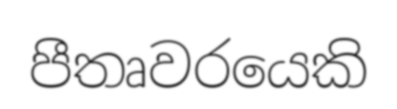
පීතෘවරයෙකි